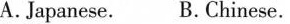
A. Japanese. B. Chinese.